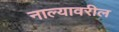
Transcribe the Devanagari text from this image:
नाल्यावरील